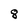
Character: 8